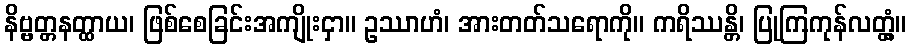
နိဗ္ဗတ္တနတ္ထာယ၊ ဖြစ်စေခြင်းအကျိုးငှာ။ ဥဿာဟံ၊ အားတတ်သရောကို။ ကရိဿန္တိ၊ ပြုကြကုန်လတ္တံ့။